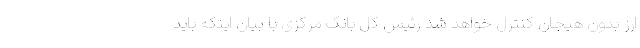
ارز بدون هیجان کنترل خواهد شد رئیس کل بانک مرکزی با بیان اینکه باید